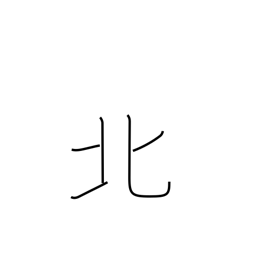
Meaning: north